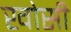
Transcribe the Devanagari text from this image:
खोसी